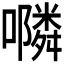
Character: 𭌇